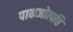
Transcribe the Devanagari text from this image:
पाकजोत्पत्ति